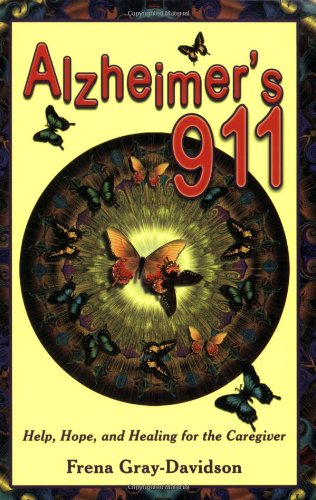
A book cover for Alzheimer's 911: Help, Hope, and Healing for the Caregivers; Frena Gray-Davidson; Health, Fitness & Dieting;